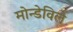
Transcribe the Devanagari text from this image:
मोन्डेविले